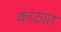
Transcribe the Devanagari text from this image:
काठात